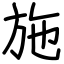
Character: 施